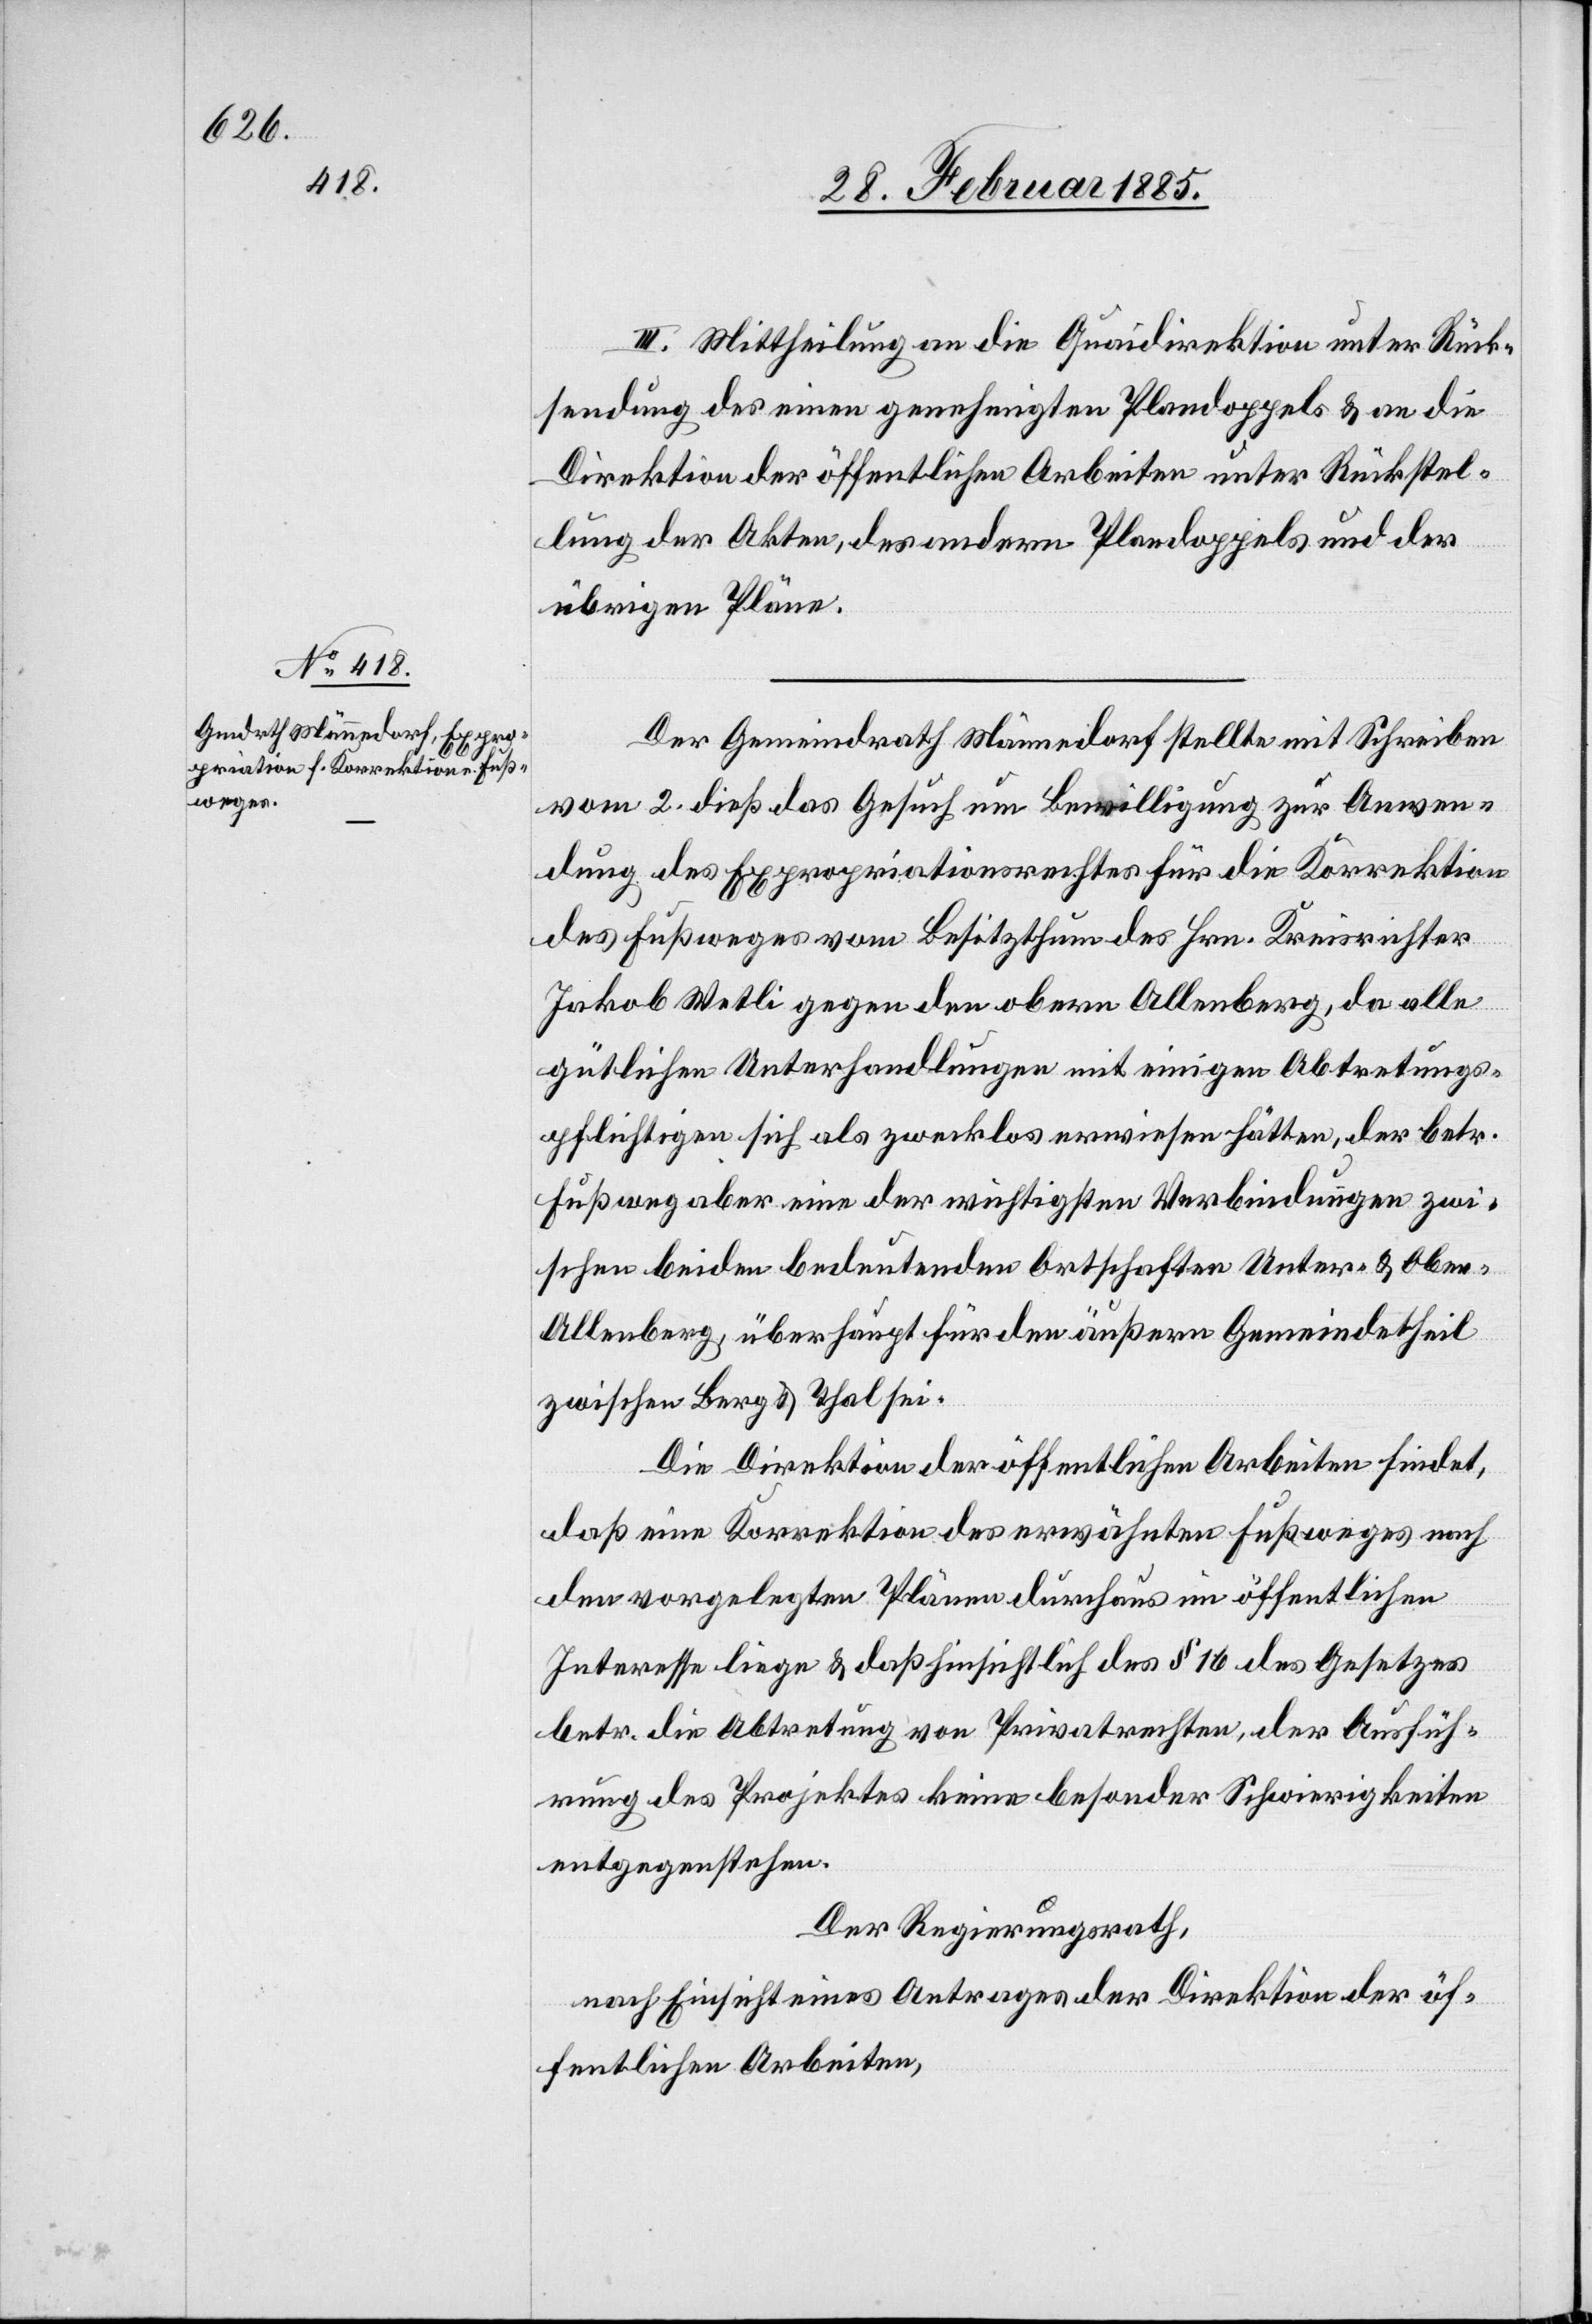
III. Mittheilung an die Quaidirektion unter Rück¬
sendung des einen genehmigten Plandoppels & an die
Direktion der öffentlichen Arbeiten unter Rückstel¬
lung der Akten, des andern Plandoppels und der
übrigen Pläne.
Der Gemeindrath Männedorf stellte mit Schreiben
vom 2. dieß das Gesuch um Bewilligung zur Anwen¬
dung des Expropriationsrechtes für die Korrektion
des Fußweges vom Besitzthum des Hrn. Kreisrichter
Jakob Wetli gegen den obern Allenberg, da alle
gütlichen Unterhandlungen mit einigen Abtretungs¬
pflichtigen sich als zwecklos erwiesen hätten, der betr.
Fußweg aber eine der wichtigsten Verbindungen zwi¬
schen beiden bedeutenden Ortschaften Unter- & Ober-A¬
llenberg, überhaupt für den äußern Gemeindetheil
zwischen Berg & Thal sei.
Die Direktion der öffentlichen Arbeiten findet,
daß eine Korrektion des erwähnten Fußweges nach
den vorgelegten Plänen durchaus im öffentlichen
Interesse liege & das hinsichtlich des § 16 des Gesetzes
betr. die Abtretung von Privatrechten, der Ausfüh¬
rungen des Projektes keine besonder[en] Schwierigkeiten
entgegenstehen.
Der Regierungsrath,
nach Einsicht eines Antrages der Direktion der öf¬
fentlichen Arbeiten,